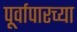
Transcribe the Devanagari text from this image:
पूर्वापारच्या